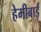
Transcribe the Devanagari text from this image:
हेमीबाई